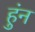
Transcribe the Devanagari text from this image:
हुंन